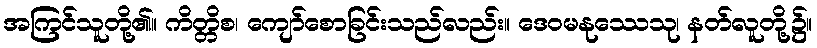
အကြင်သူတို့၏။ ကိတ္တိစ၊ ကျော်စောခြင်းသည်လည်း။ ဒေဝမနုဿေသု၊ နတ်လူတို့၌။